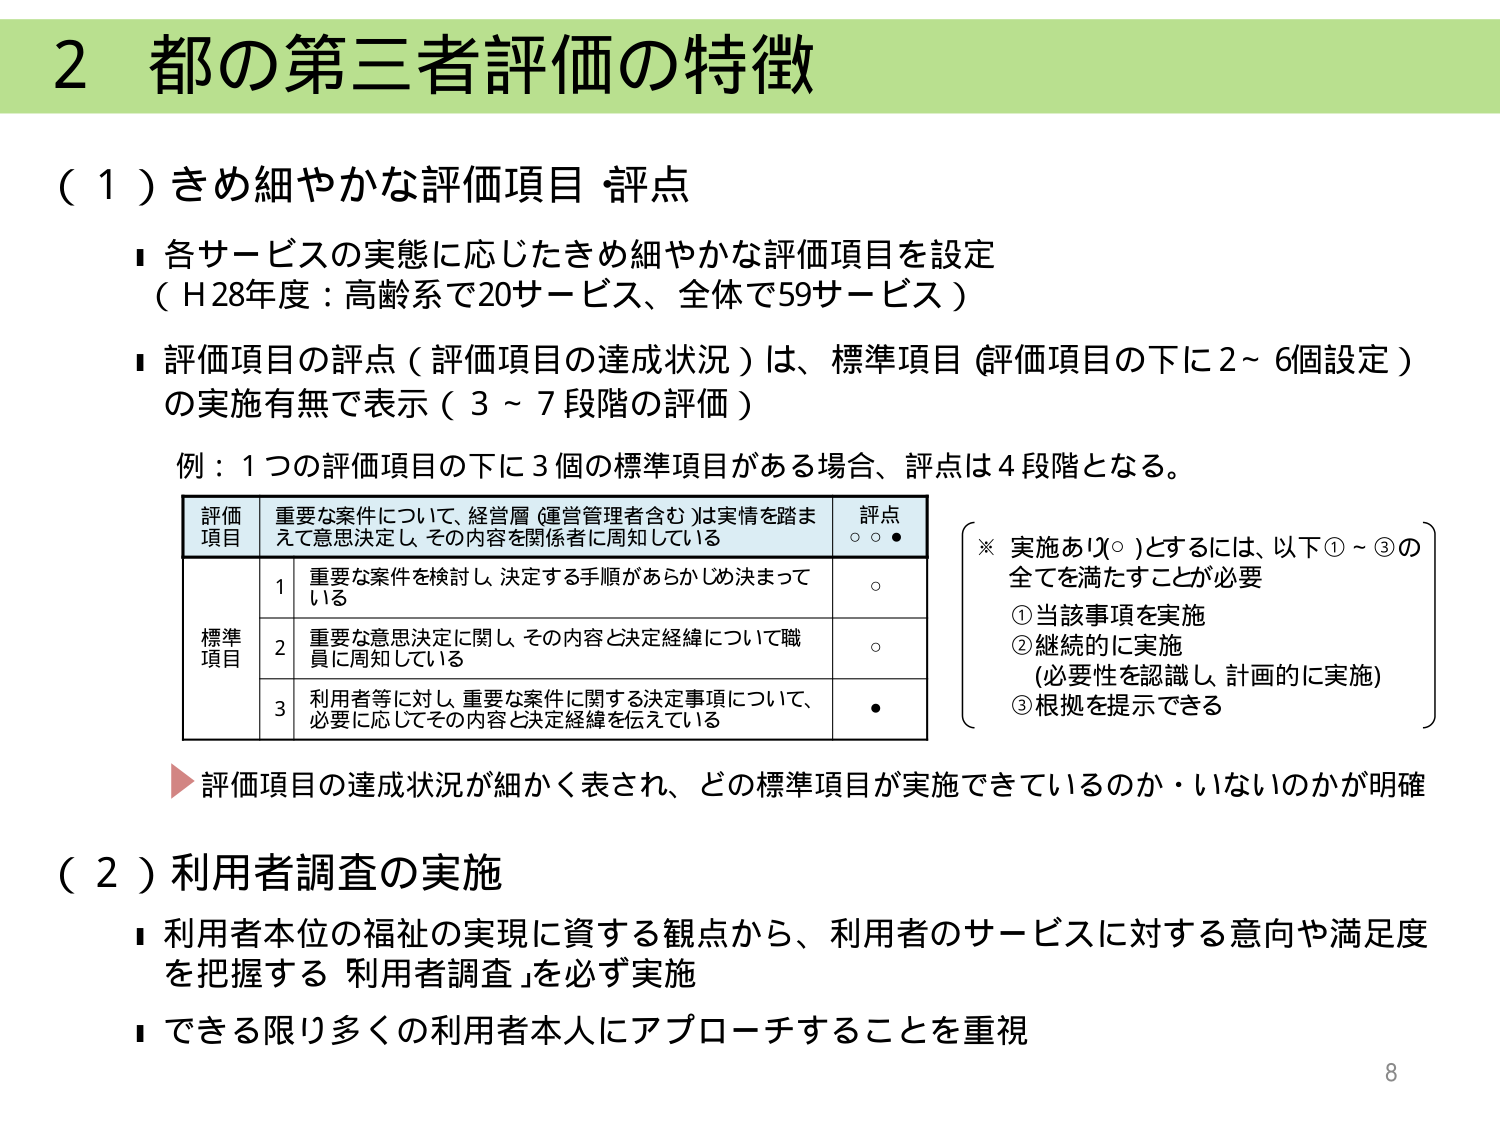
2 都の第三者評価の特徴

（１）きめ細やかな評価項目 評点

■ 各サービスの実態に応じたきめ細やかな評価項目を設定
（H28年度：高齢系で20サービス、全体で59サービス）

■ 評価項目の評点（評価項目の達成状況）は、標準項目（評価項目の下に2～6個設定）の実施有無で表示（3～7段階の評価）

例：1つの評価項目の下に3個の標準項目がある場合、評点は4段階となる。

評価
項目
重要な案件について、経営層（運営管理者含む）は実情を踏まえて意思決定し、その内容を関係者に周知している
評点
○ ○ ●

標準
項目
1 重要な案件を検討し、決定する手順があらかじめ決まっている
○

2 重要な意思決定に関し、その内容と決定経緯について職員に周知している
○

3 利用者等に対し、重要な案件に関する決定事項について、必要に応じてその内容と決定経緯を伝えている
●

※ 実施あり（○）とするには、以下①～③の全てを満たすことが必要
① 当該事項を実施
② 継続的に実施
（必要性を認識し、計画的に実施）
③ 根拠を提示できる

▶ 評価項目の達成状況が細かく表され、どの標準項目が実施できているのか・いないのかが明確

（２）利用者調査の実施

■ 利用者本位の福祉の実現に資する観点から、利用者のサービスに対する意向や満足度を把握する「利用者調査」を必ず実施

■ できる限り多くの利用者本人にアプローチすることを重視

8